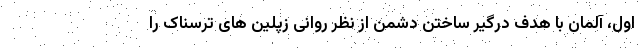
اول، آلمان با هدف درگیر ساختن دشمن از نظر روانی زپلین های ترسناک را